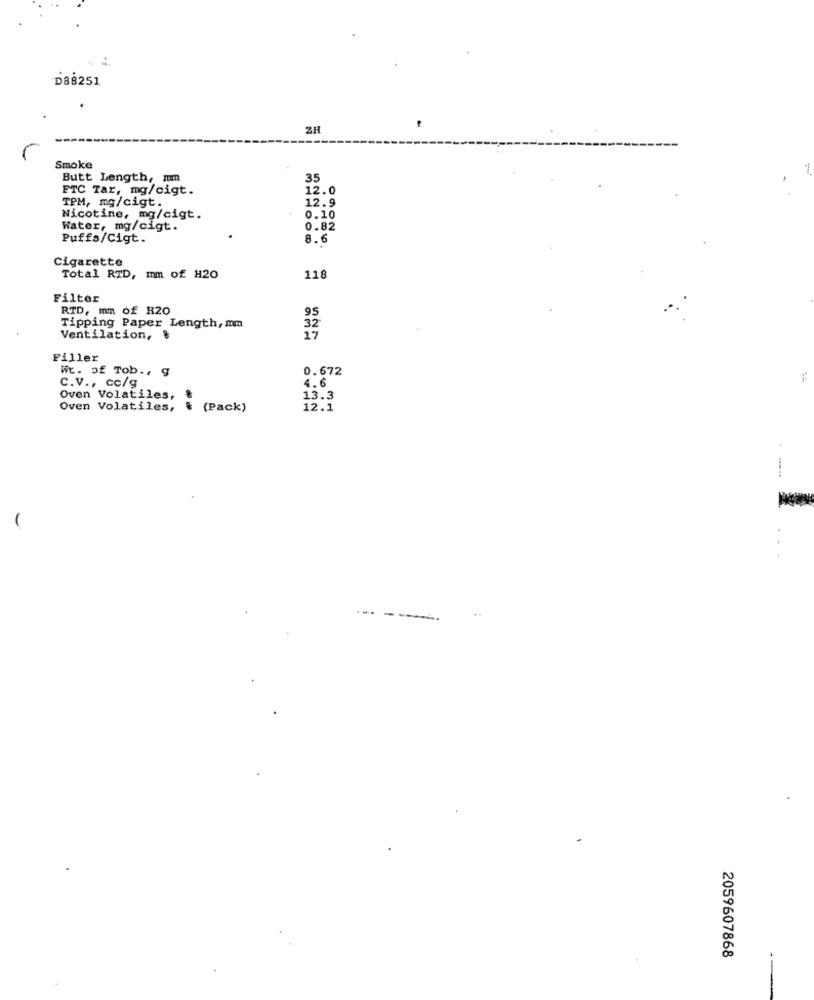
D88251
ZH
Smoke
Butt Length, mm
35
FTC Tar, mg/cigt.
12.0
TPM, mg/cigt.
12.9
Nicotine, mg/cigt.
0.10
Water, mg/cigt.
0.82
Puffs/Cigt.
8.6
Cigarette
Total RTD, mm of H20
118
Filter
RTD, mm of H20
95
Tipping Paper Length, mm
32
Ventilation, &
17
Filler
We. of Tob ., 9
0.672
4.6
C.v ., cc/g
Oven Volatiles, &
13.3
Oven Volatiles, & (Pack)
12.1
2059607868